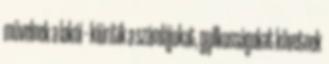
művelnek a lakói – kiürítik a számlájukat, gyilkosságokat követnek